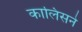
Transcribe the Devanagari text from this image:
कालिसने